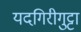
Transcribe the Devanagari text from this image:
यदगिरीगुट्टा